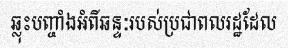
ឆ្លុះបញ្ចាំងអំពីឆន្ទៈរបស់ប្រជាពលរដ្ឋដែល